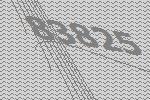
83825